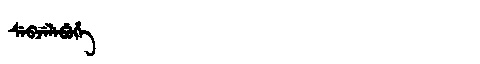
Manchu: ᠰᡝᠪᠵᡝᠯᡝᠪᡠᡥᡝ
Romanization: SEBJELEBUHE